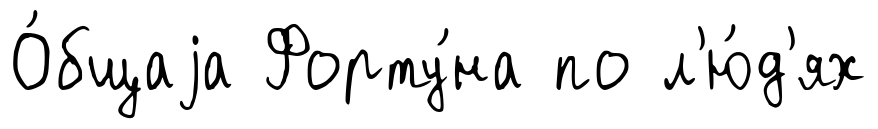
О́бщаjа Форту́на по л'ю́д'ях